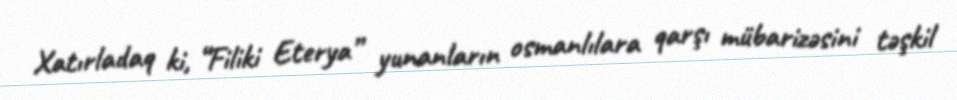
Xatırladaq ki, “Filiki Eterya” yunanların osmanlılara qarşı mübarizəsini təşkil